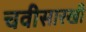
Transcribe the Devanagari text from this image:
चवीसारखी